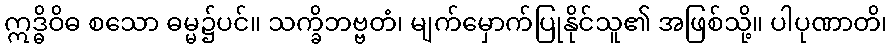
ဣဒ္ဓိဝိဓ စသော ဓမ္မ၌ပင်။ သက္ခိဘဗ္ဗတံ၊ မျက်မှောက်ပြုနိုင်သူ၏ အဖြစ်သို့။ ပါပုဏာတိ၊